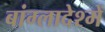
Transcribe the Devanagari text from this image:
बांग्लादेश्में